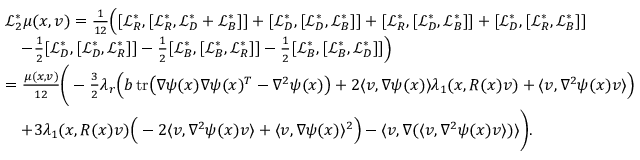
\begin{array} { r l } & { \mathcal { L } _ { 2 } ^ { * } \mu ( x , v ) = \frac { 1 } { 1 2 } \Big ( [ \mathcal { L } _ { R } ^ { * } , [ \mathcal { L } _ { R } ^ { * } , \mathcal { L } _ { D } ^ { * } + \mathcal { L } _ { B } ^ { * } ] ] + [ \mathcal { L } _ { D } ^ { * } , [ \mathcal { L } _ { D } ^ { * } , \mathcal { L } _ { B } ^ { * } ] ] + [ \mathcal { L } _ { R } ^ { * } , [ \mathcal { L } _ { D } ^ { * } , \mathcal { L } _ { B } ^ { * } ] ] + [ \mathcal { L } _ { D } ^ { * } , [ \mathcal { L } _ { R } ^ { * } , \mathcal { L } _ { B } ^ { * } ] ] } \\ & { \quad - \frac { 1 } { 2 } [ \mathcal { L } _ { D } ^ { * } , [ \mathcal { L } _ { D } ^ { * } , \mathcal { L } _ { R } ^ { * } ] ] - \frac { 1 } { 2 } [ \mathcal { L } _ { B } ^ { * } , [ \mathcal { L } _ { B } ^ { * } , \mathcal { L } _ { R } ^ { * } ] ] - \frac { 1 } { 2 } [ \mathcal { L } _ { B } ^ { * } , [ \mathcal { L } _ { B } ^ { * } , \mathcal { L } _ { D } ^ { * } ] ] \Big ) } \\ & { = \frac { \mu ( x , v ) } { 1 2 } \Bigg ( - \frac { 3 } { 2 } \lambda _ { r } \Big ( b \, \mathrm { t r } \big ( \nabla \psi ( x ) \nabla \psi ( x ) ^ { T } - \nabla ^ { 2 } \psi ( x ) \big ) + 2 \langle v , \nabla \psi ( x ) \rangle \lambda _ { 1 } ( x , R ( x ) v ) + \langle v , \nabla ^ { 2 } \psi ( x ) v \rangle \Big ) } \\ & { \quad + 3 \lambda _ { 1 } ( x , R ( x ) v ) \Big ( - 2 \langle v , \nabla ^ { 2 } \psi ( x ) v \rangle + \langle v , \nabla \psi ( x ) \rangle ^ { 2 } \Big ) - \langle v , \nabla ( \langle v , \nabla ^ { 2 } \psi ( x ) v \rangle ) \rangle \Bigg ) . } \end{array}